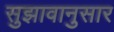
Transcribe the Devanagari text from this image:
सुझावानुसार